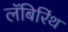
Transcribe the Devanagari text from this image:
लॅबिरिंथ